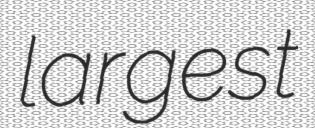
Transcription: largest